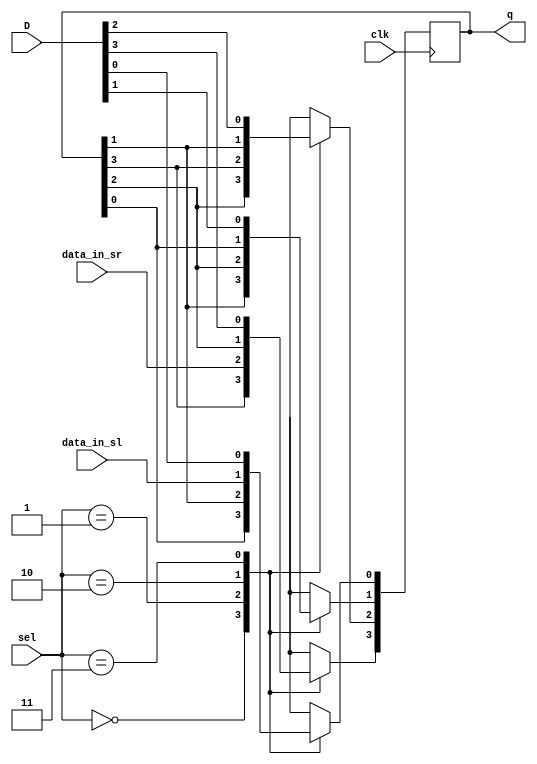
module Universal_Shift_Register( clk, D, data_in_sr, data_in_sl, sel, q  );
   input clk, data_in_sr, data_in_sl;
   input [1:0]sel;
   input [3:0]D;
   output reg [3:0]q;
   
   always@(posedge clk)
   begin
    case(sel)
        2'b00   :   begin
                        q[3] <= q[3];
                        q[2] <= q[2];
                        q[1] <= q[1];
                        q[0] <= q[0];
                    end
        2'b01   :   begin
                        q[3] <= data_in_sr;
                        q[2] <= q[3];
                        q[1] <= q[2];
                        q[0] <= q[1];
                    end
        2'b10   :   begin
                        q[0] <= data_in_sl;
                        q[1] <= q[0];
                        q[2] <= q[1];
                        q[3] <= q[2];
                    end
        2'b11   :   begin
                        q[0] <= D[0];
                        q[1] <= D[1];
                        q[2] <= D[2];
                        q[3] <= D[3];
                    end
      endcase
    end
endmodule